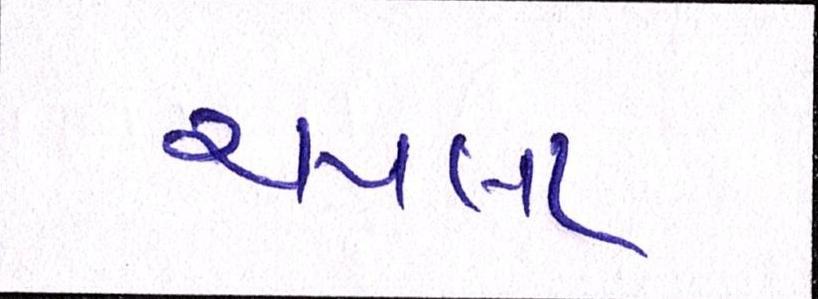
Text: ચપલા